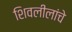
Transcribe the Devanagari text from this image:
शिवलीलांचे